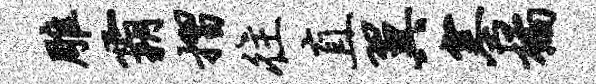
雕霸摺往直翼塞橘